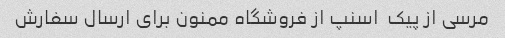
مرسی از پیک  اسنپ از فروشگاه ممنون برای ارسال سفارش